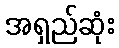
အရှည်ဆုံး